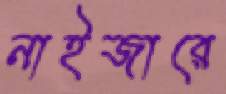
নাইজারে